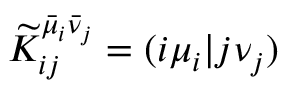
\widetilde { K } _ { i j } ^ { \bar { \mu } _ { i } \bar { \nu } _ { j } } = ( i \mu _ { i } \vert j \nu _ { j } )